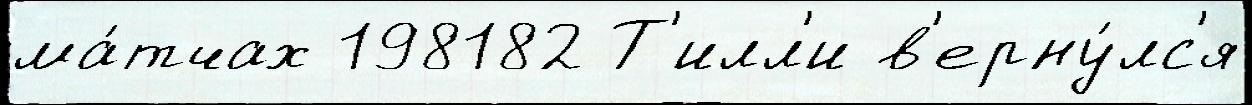
ма́тчах 198182 Т'илл'и в'ерну́лс'я